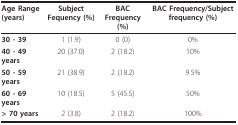
| Age Range(years) | Subject Fequency (%) | BAC Frequency (%) | BAC Frequency/Subject frequency (%) |
 | --- | --- | --- | --- |
 | 30 - 39 | 1 (1.9) | 0 (0) | 0% |
 | 40 - 49 years | 20 (37.0) | 2 (18.2) | 10% |
 | 50 - 59 years | 21 (38.9) | 2 (18.2) | 9.5% |
 | 60 - 69 years | 10 (18.5) | 5 (45.5) | 50% |
 | > 70 years | 2 (3.8) | 2 (18.2) | 100% |